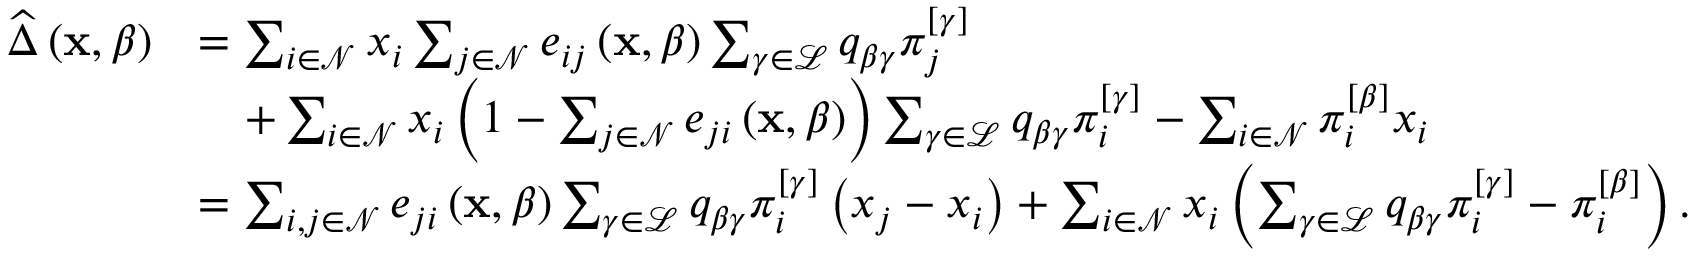
\begin{array} { r l } { \widehat { \Delta } \left( \mathbf { x } , \beta \right) } & { = \sum _ { i \in \mathcal { N } } x _ { i } \sum _ { j \in \mathcal { N } } e _ { i j } \left( \mathbf { x } , \beta \right) \sum _ { \gamma \in \mathcal { L } } q _ { \beta \gamma } \pi _ { j } ^ { \left[ \gamma \right] } } \\ & { \quad + \sum _ { i \in \mathcal { N } } x _ { i } \left( 1 - \sum _ { j \in \mathcal { N } } e _ { j i } \left( \mathbf { x } , \beta \right) \right) \sum _ { \gamma \in \mathcal { L } } q _ { \beta \gamma } \pi _ { i } ^ { \left[ \gamma \right] } - \sum _ { i \in \mathcal { N } } \pi _ { i } ^ { \left[ \beta \right] } x _ { i } } \\ & { = \sum _ { i , j \in \mathcal { N } } e _ { j i } \left( \mathbf { x } , \beta \right) \sum _ { \gamma \in \mathcal { L } } q _ { \beta \gamma } \pi _ { i } ^ { \left[ \gamma \right] } \left( x _ { j } - x _ { i } \right) + \sum _ { i \in \mathcal { N } } x _ { i } \left( \sum _ { \gamma \in \mathcal { L } } q _ { \beta \gamma } \pi _ { i } ^ { \left[ \gamma \right] } - \pi _ { i } ^ { \left[ \beta \right] } \right) . } \end{array}